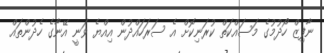
ނާފިޒް ހޯދުމުގެ މަސައްކަތް ކުރަނިކޮށް އެ ސަރަހައްދުން އިއްޔެ ވަނީ އޭނާގެ ހެދުންތައް